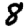
Digit: 8